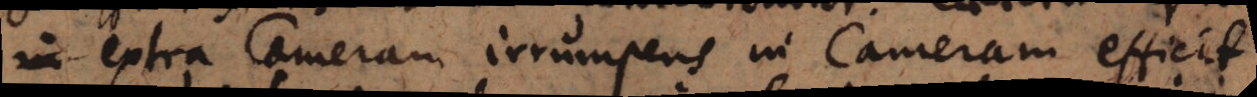
in extra Cameram irrumpens in Cameram efficit